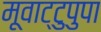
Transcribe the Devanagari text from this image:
मूवाट्टुपुपा